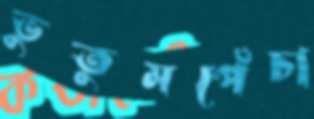
ভুতুমপেঁচা